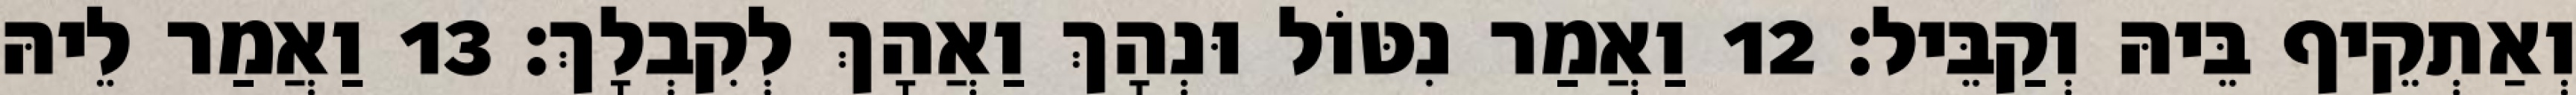
וְאַתְקֵיף בֵּיהּ וְקַבֵּיל׃ 12 וַאֲמַר נִטּוֹל וּנְהָךְ וַאֲהָךְ לְקִבְלָךְ׃ 13 וַאֲמַר לֵיהּ